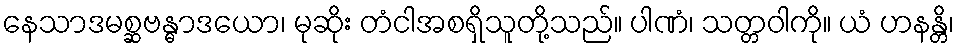
နေသာဒမစ္ဆဗန္ဓာဒယော၊ မုဆိုး တံငါအစရှိသူတို့သည်။ ပါဏံ၊ သတ္တဝါကို။ ယံ ဟနန္တိ၊